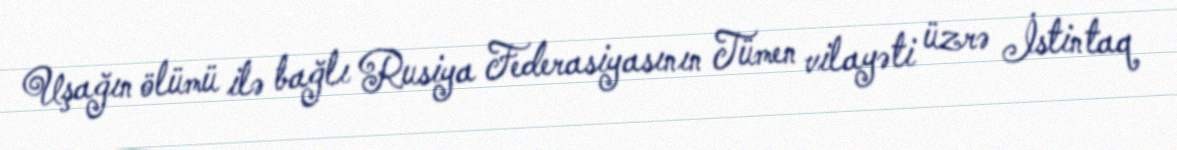
Uşağın ölümü ilə bağlı Rusiya Federasiyasının Tümen vilayəti üzrə İstintaq